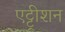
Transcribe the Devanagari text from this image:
एट्ट्रीशन